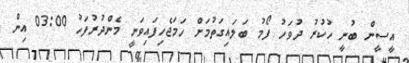
އީސީން ބުނީ ހުކުރު ދުވަހު ފޯމު ބަލައިގަތުމަށް ހަމަޖެހިފައިވަނީ މެންދުރުފަހު 03:00 އިން